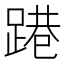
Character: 𨃈